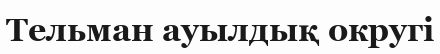
Тельман ауылдық округі